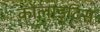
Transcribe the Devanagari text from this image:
कोलाइटिस